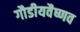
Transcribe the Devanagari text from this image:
गौडीयवैष्णव